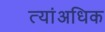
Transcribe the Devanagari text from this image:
त्यांअधिक